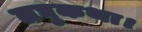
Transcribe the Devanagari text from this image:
लघुकथा।